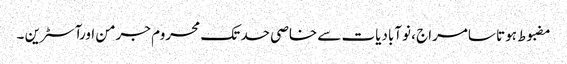
مضبوط ہوتا سامراج ، نوآبادیات سے خاصی حد تک محروم جرمن اورآسٹرین ۔